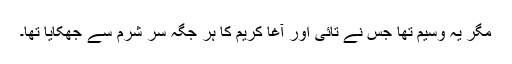
مگر یہ وسیم تھا جس نے تائی اور آغا کریم کا ہر جگہ سر شرم سے جھکایا تھا۔